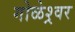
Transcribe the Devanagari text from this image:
गोळेश्र्वर